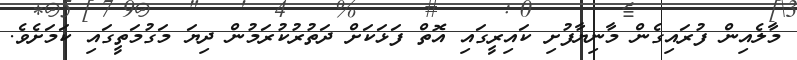
މާލެއިން ފުރައިގެން މާނިޔާފުށި ކައިރީގައި އޮތް ފަޅަކަށް ދަތުރުކުރަމުން ދިޔަ މަގުމަތީގައި ކަމަށެވެ.